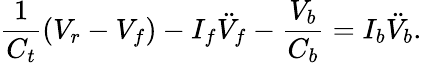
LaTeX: \frac{1}{C_{t}}(V_{r}-V_{f})-I_{f}\ddot{V}_{f}-\frac{V_{b}}{C_{b}}=I_{b}\ddot{V}_{b}.